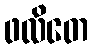
ဖလိတေ